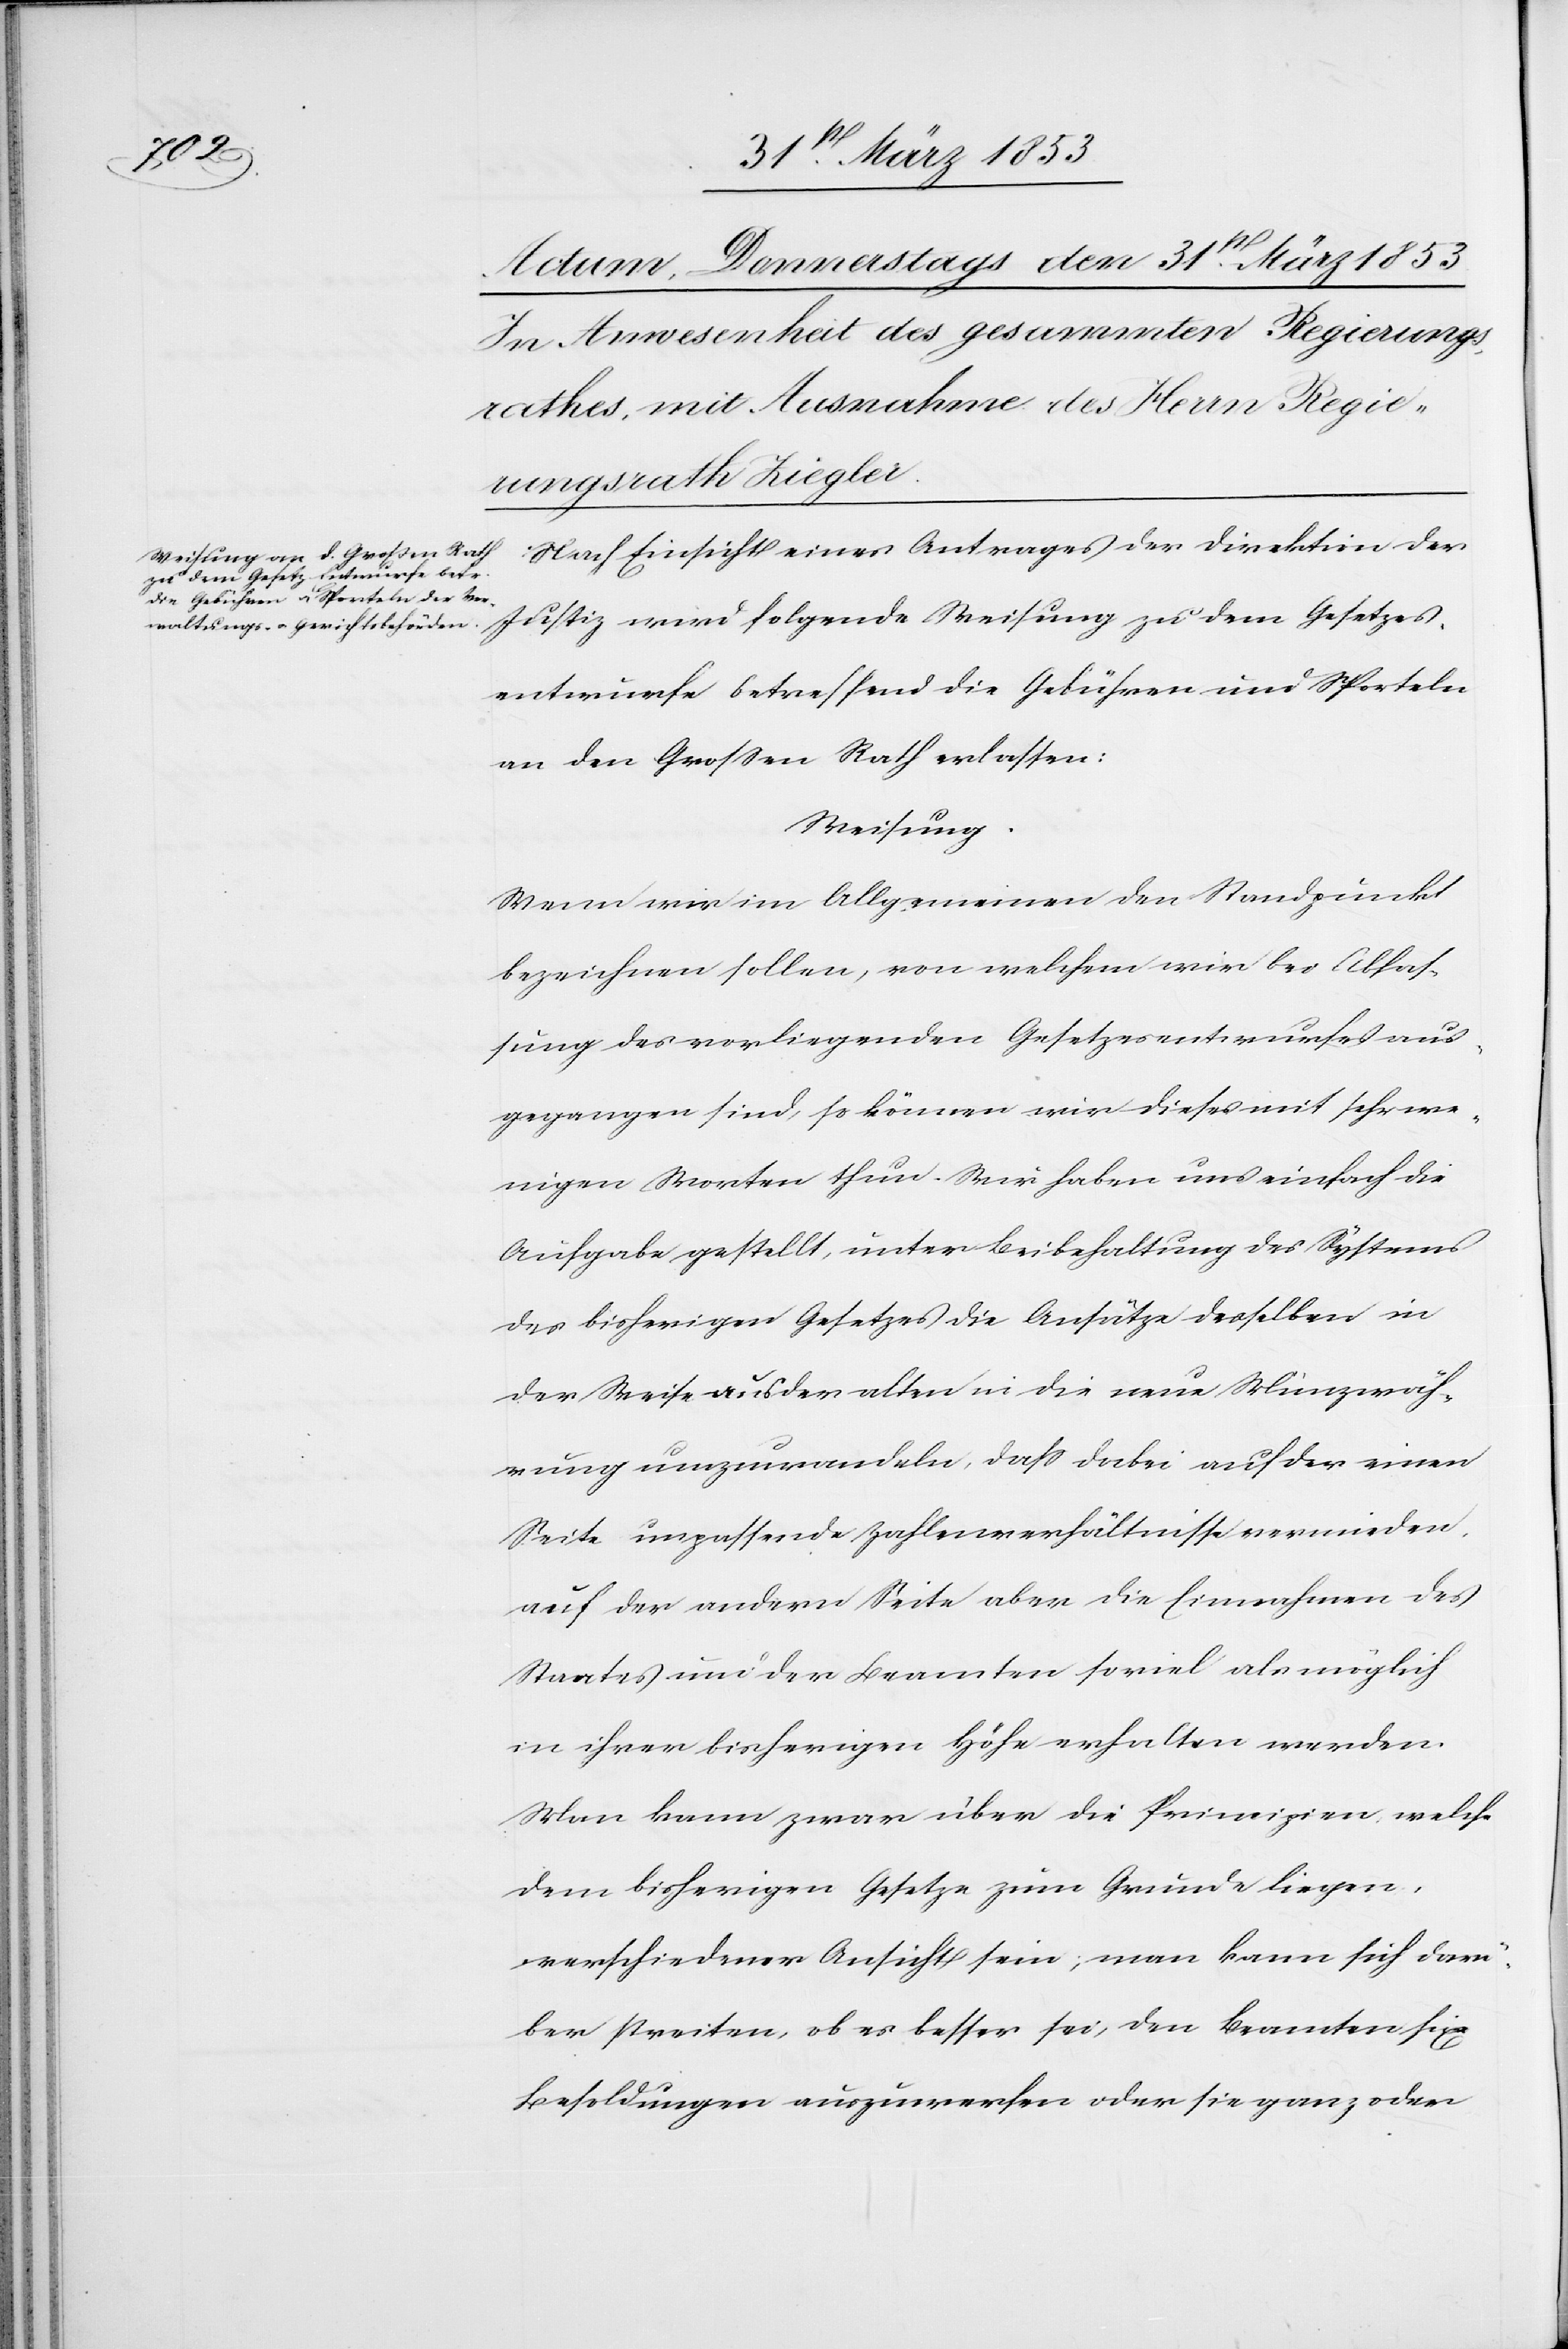
Gesetzes¬
Nach Einsicht eines Antrages der Direktion der
entwurfe betreffend die Gebühren und Sporteln
an den Großen Rath erlassen:
Weisung.
Wenn wir im Allgemeinen den Standpunkt
bezeichnen sollen, von welchem wir bei Abfas¬
sung des vorliegenden Gesetzesentwurfes aus¬
gegangen sind, so können wir dieses mit sehr we¬
nigen Worten thun. Wir haben uns einfach die
Aufgabe gestellt, unter Beibehaltung des Systems
des bisherigen Gesetzes die Ansätze desselben in
der Weise aus der alten in die neue Winzerwäh¬
rung umzuwandeln, daß dabei auf der einen
Seite unpassende Zahlenverhältnisse vermieden,
auf der andern Seite aber die Einnahme des
Staates und der Beamten soviel als möglich
in ihrer bisherigen Höhe erhalten werden.
Man kann zwar über die Prinzipien, welche
dem bisherigen Gesetze zum Grunde liegen,
verschiedener Ansicht sein, man kann sich darü¬
ber streiten, ob es besser sei, den Beamten fixe
Besoldungen auszuwerfen oder sie ganz oder